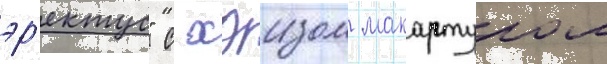
эр'ектус" с хэизом макартуром